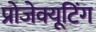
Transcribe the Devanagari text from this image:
प्रोजेक्यूटिंग